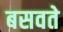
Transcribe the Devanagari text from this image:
बसवते